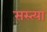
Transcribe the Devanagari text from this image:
सस्त्या